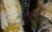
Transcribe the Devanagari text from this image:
एन्द्लेर्